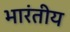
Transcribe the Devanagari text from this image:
भारंतीय